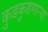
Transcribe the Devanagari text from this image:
कुडकुडणाऱ्या